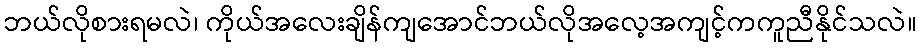
ဘယ်လိုစားရမလဲ၊ ကိုယ်အလေးချိန်ကျအောင်ဘယ်လိုအလေ့အကျင့်ကကူညီနိုင်သလဲ။